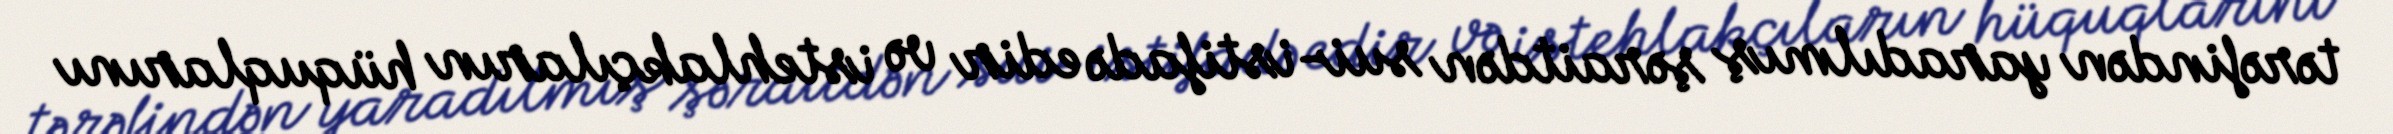
tərəfindən yaradılmış şəraitdən sui-istifadə edir və istehlakçıların hüquqlarını